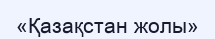
«Қазақстан жолы»